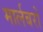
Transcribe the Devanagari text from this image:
मार्लबरों